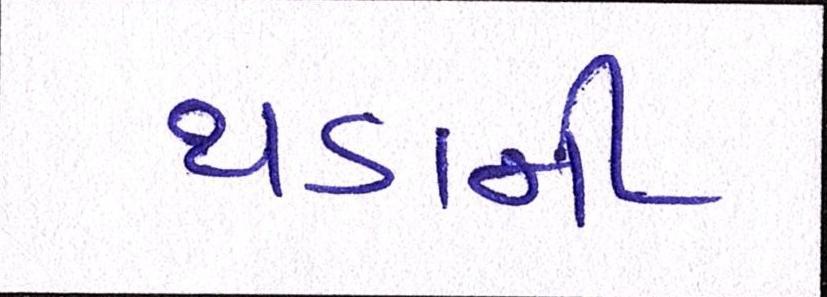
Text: થડાની